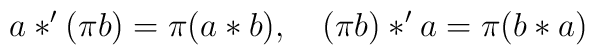
a*^{\prime }(\pi b)=\pi (a*b),\quad (\pi b)*^{\prime }a=\pi (b*a)